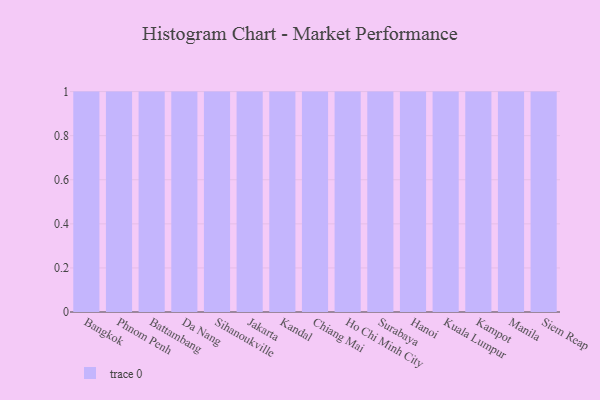
{"axis": {"x": "City", "y": "LTV (USD)"}, "legend": [""], "data": [{"x": "Bangkok", "y": 30, "type": ""}, {"x": "Phnom Penh", "y": 57, "type": ""}, {"x": "Battambang", "y": 43, "type": ""}, {"x": "Da Nang", "y": 62, "type": ""}, {"x": "Sihanoukville", "y": 98, "type": ""}, {"x": "Jakarta", "y": 77, "type": ""}, {"x": "Kandal", "y": 23, "type": ""}, {"x": "Chiang Mai", "y": 66, "type": ""}, {"x": "Ho Chi Minh City", "y": 93, "type": ""}, {"x": "Surabaya", "y": 63, "type": ""}, {"x": "Hanoi", "y": 80, "type": ""}, {"x": "Kuala Lumpur", "y": 67, "type": ""}, {"x": "Kampot", "y": 94, "type": ""}, {"x": "Manila", "y": 13, "type": ""}, {"x": "Siem Reap", "y": 76, "type": ""}]}